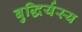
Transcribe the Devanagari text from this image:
बुद्धिर्यस्य